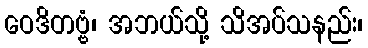
ဝေဒိတဗ္ဗံ၊ အဘယ်သို့ သိအပ်သနည်း၊